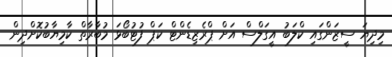
މިދިޔަ ސީޒަންގައި ކްލަބު އީގަލްސް އަށް ޕްރެޒިޑެންޓް ކަޕް ފުޓުބޯޅަ މުބާރާތް ކާމިޔާބުކޮށްދިން